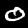
Digit: 0